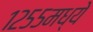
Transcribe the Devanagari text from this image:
१२५५मध्ये